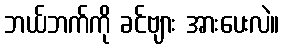
ဘယ်ဘက်ကို ခင်ဗျား အားပေးလဲ။